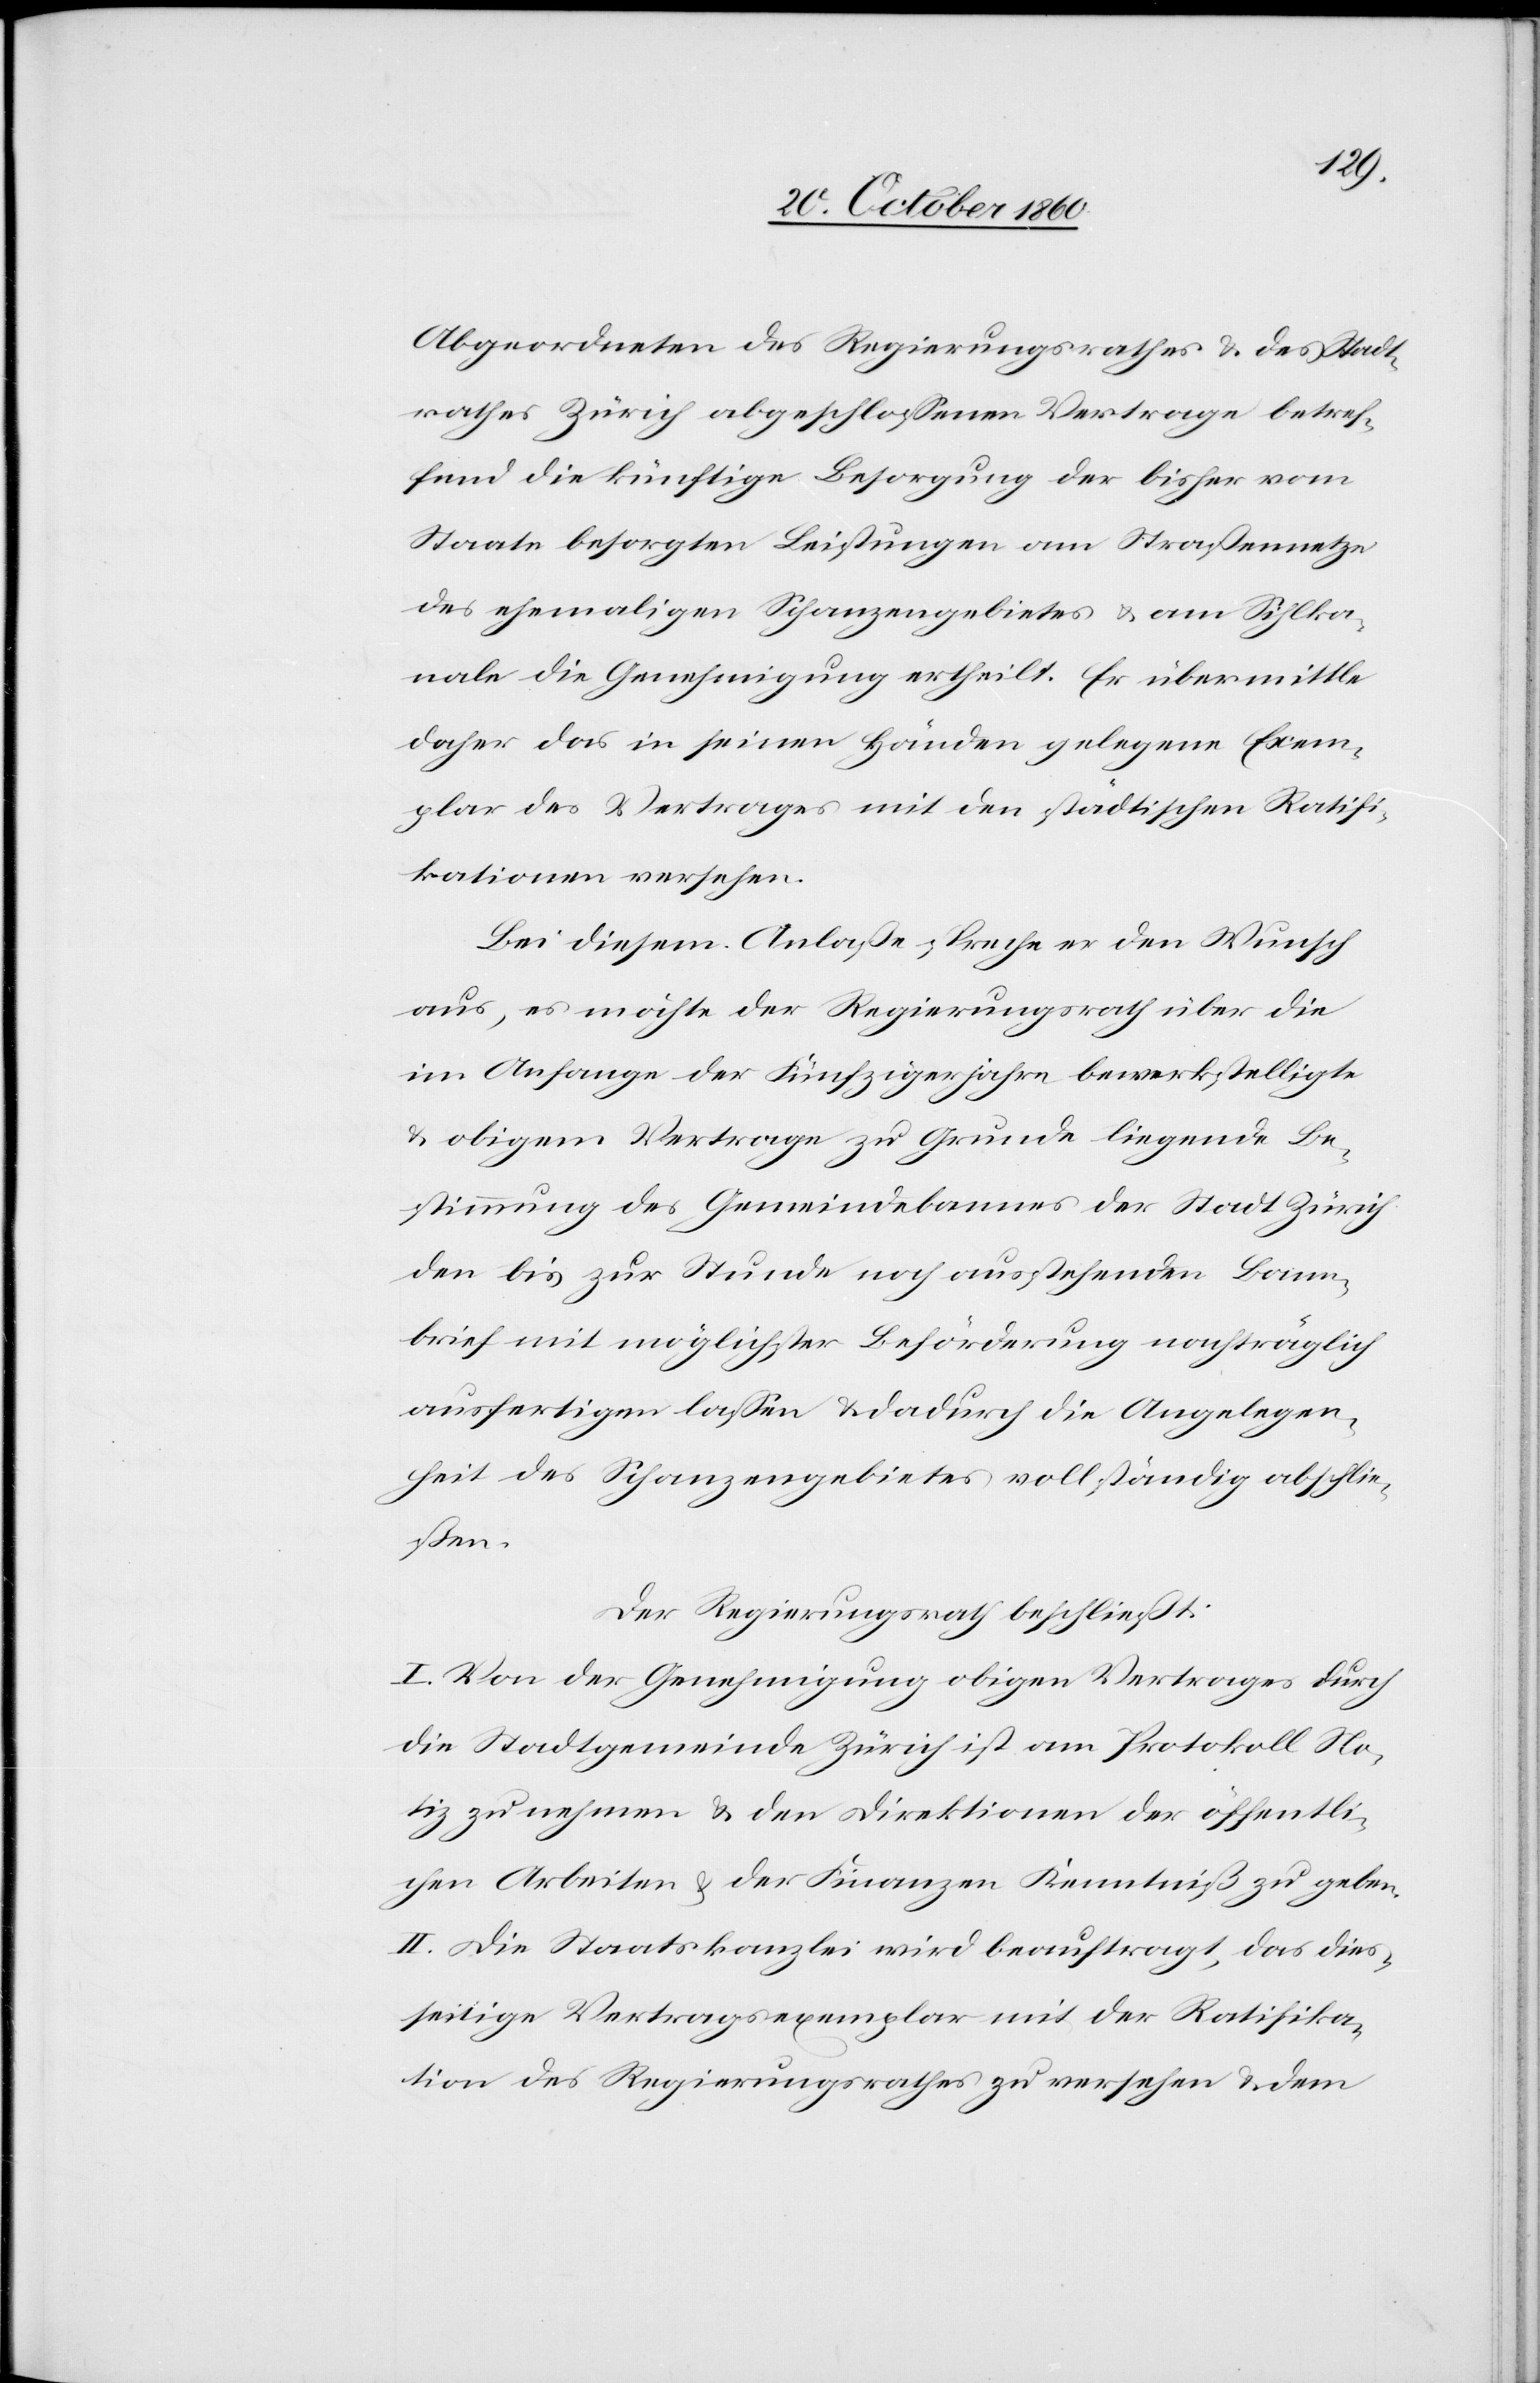
Abgeordneten des Regierungsrathes u. des Stadt¬
rathes Zürich abgeschlossenen Vertrage betref¬
fend die künftige Besorgung der bisher vom
Staate besorgten Leistungen am Straßennetze
des ehemaligen Schanzengebietes u. am Sihlka¬
nale die Genehmigung ertheilt. Er übermittle
daher das in seinen Händen gelegene Exem¬
plar des Vertrages mit den städtischen Ratifi¬
kationen versehen.
Bei diesem Anlaße spreche er den Wunsch
aus, es möchte der Regierungsrath über die
im Anfange der Fünfzigerjahre bewerkstelligte
u. obigem Vertrage zu Grunde liegende Be¬
stimmung des Gemeindebannes der Stadt Zürich
den bis zur Studie noch ausstehenden Bann¬
brief mit möglichster Beförderung nachträglich
ausfertigen lassen u. dadurch die Angelegen¬
heit des Schanzengebietes vollständig abschlie¬
ßen.
Der Regierungsrath beschließt:
I. Von der Genehmigung obigen Vertrages durch
die Stadtgemeinde Zürich ist am Protokoll No¬
tiz zu nehmen u. den Direktionen der öffentli¬
chen Arbeiten u. der Finanzen Kenntniß zu geben.
II. Die Staatskanzlei wird beauftragt, das dies¬
seitige Vertragsexemplar mit der Ratifika¬
tion des Regierungsrathes zu versehen u. dem